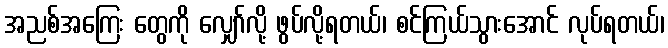
အညစ်အကြေး တွေကို လျှော်လို့ ဖွပ်လို့ရတယ်၊ စင်ကြယ်သွားအောင် လုပ်ရတယ်၊